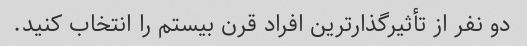
دو نفر از تأثیرگذارترین افراد قرن بیستم را انتخاب کنید.